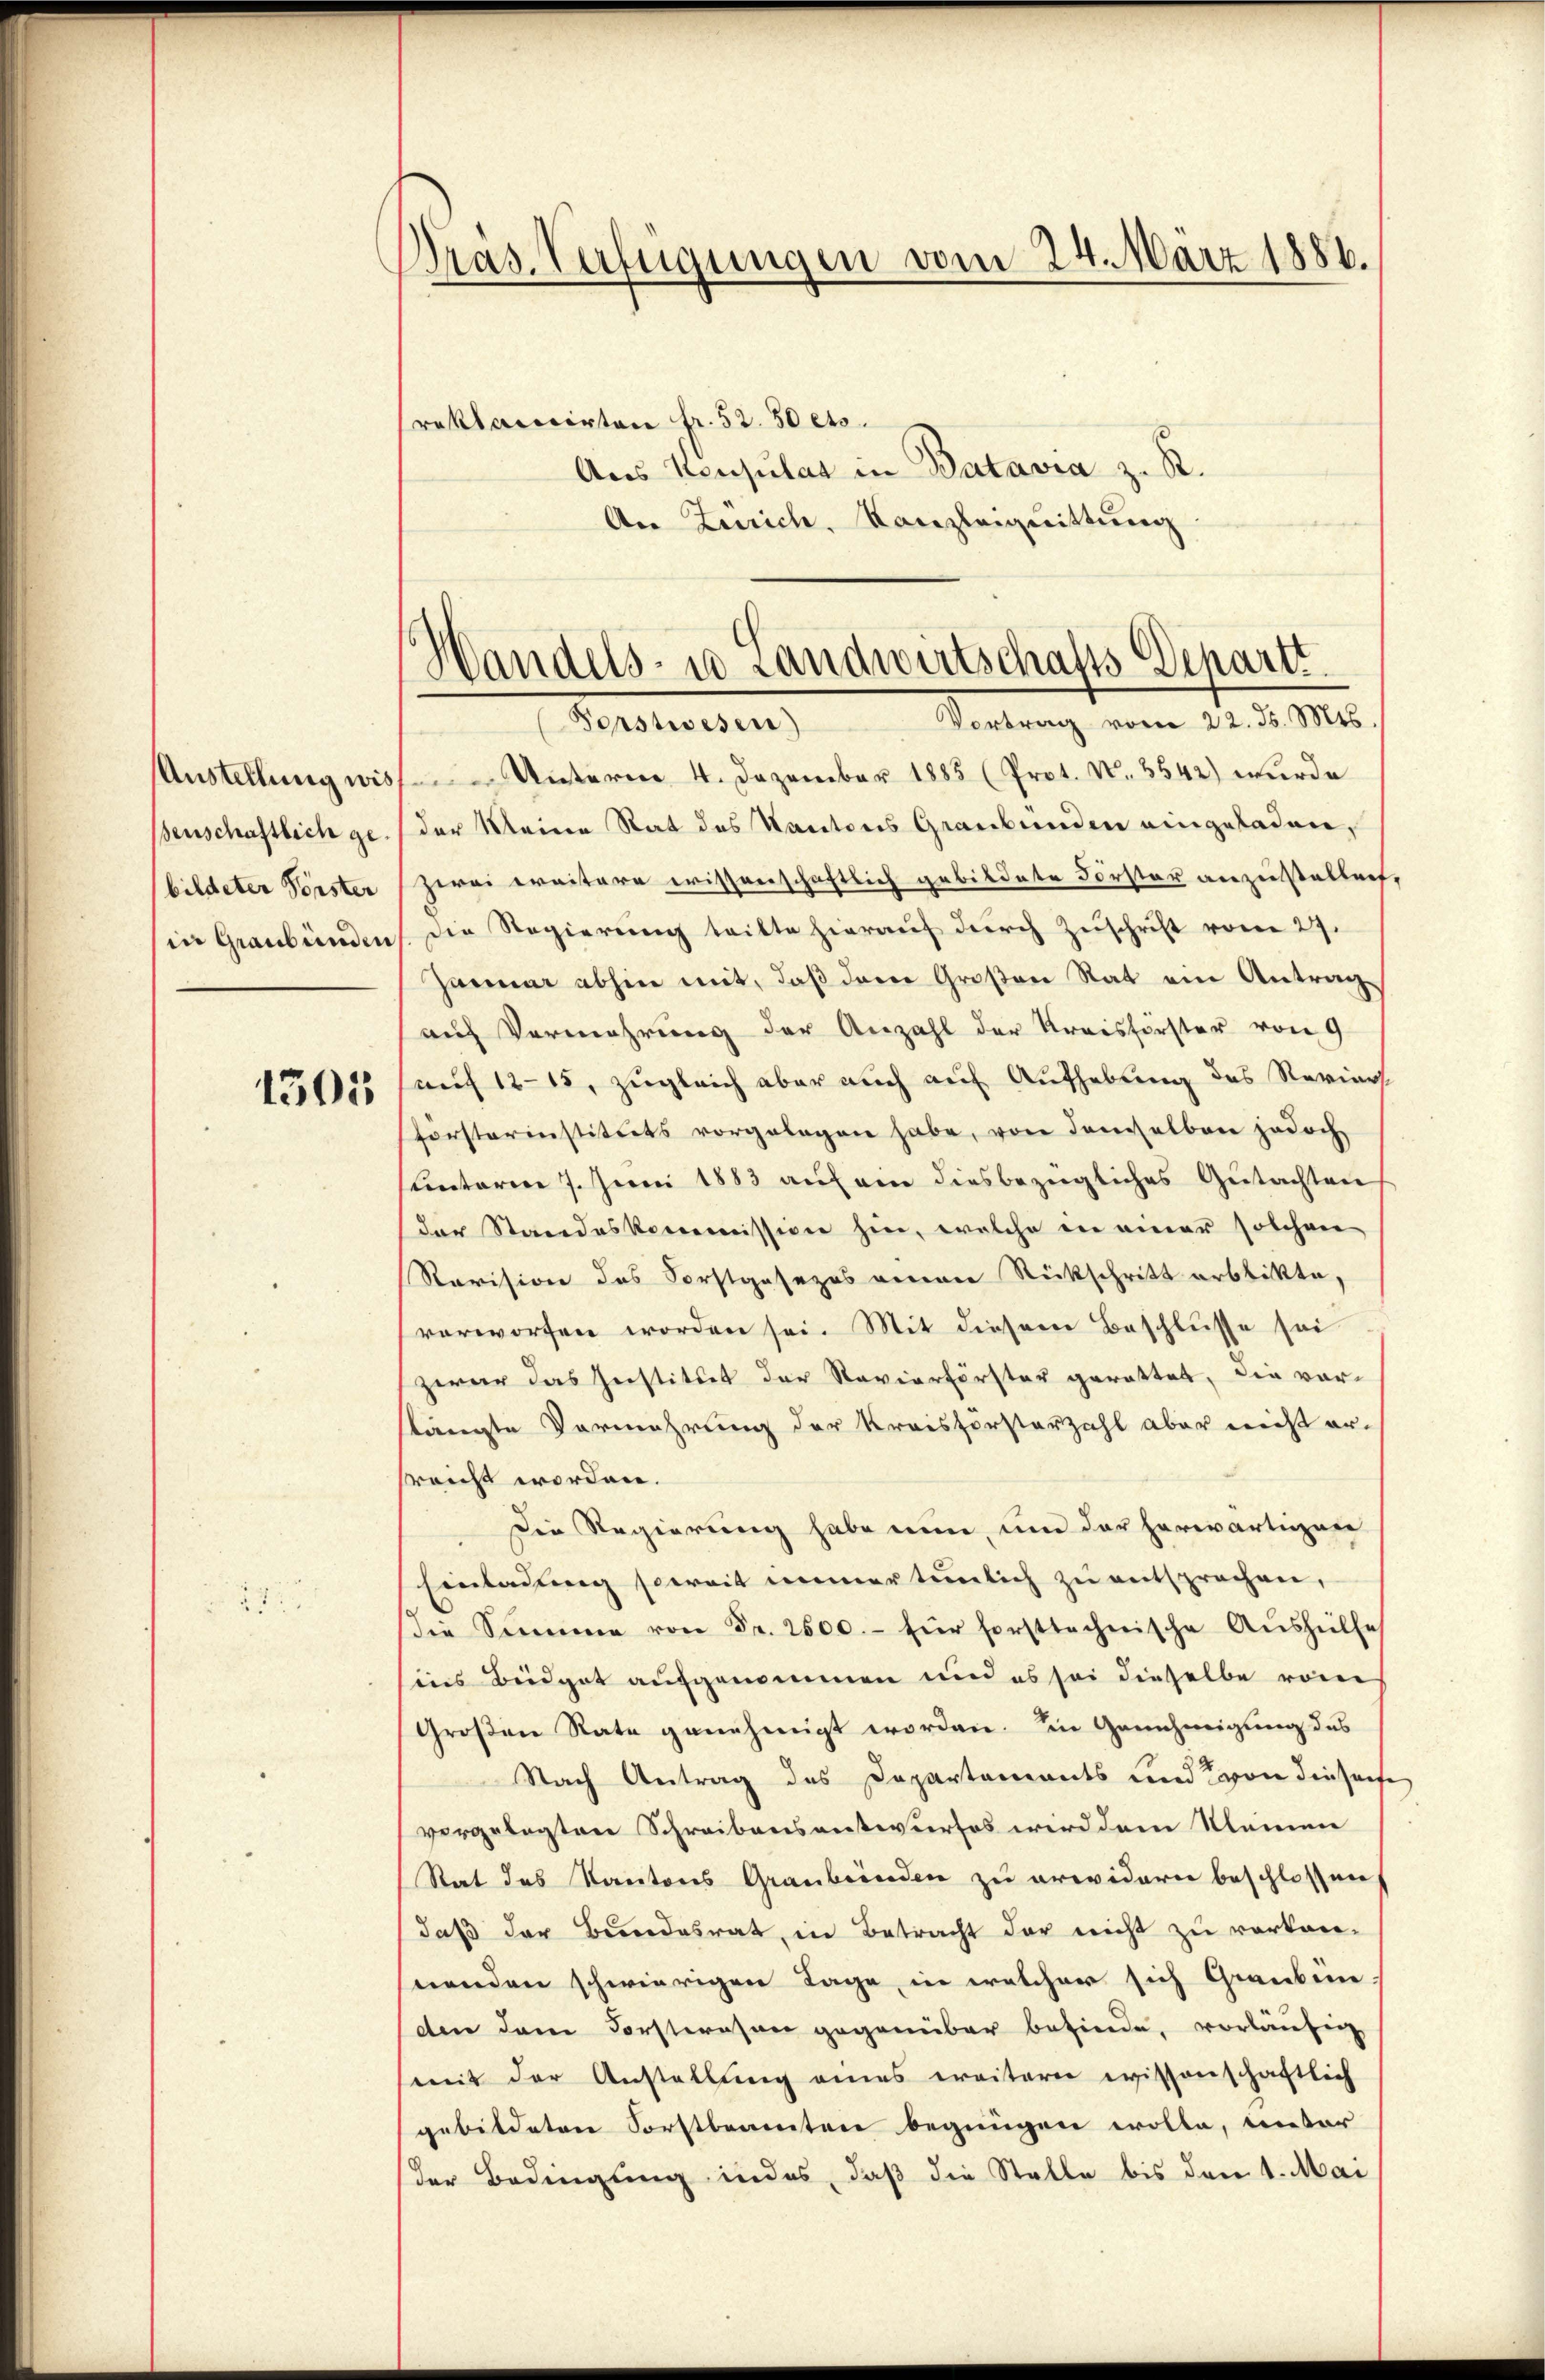
Austellung wis
enschaftlich ge
bildeter Forster
in Graubünden

1305

Pras. Verfügungen vom 24. März 1886.
reklaricirten fr. 52. 50 cts.
Aus Konsulat in Batavia z. R.

An Zürich. Kanzleiquittung

Handels- u Landwirtschafts Departi
Vortrag vom 22. d. Mts.

Forstwesen)
Unterm 4. Dezember 1885 (Prot. N. 3542) wurde
der Meine Rat des Kantons Graubünden eingeladen,
zwei ereitere wissenschaftlich gebildete Forster anzustellen,
Die Regierŭng teilte hieraŭf dŭrch Zŭschrift vom 27.
Januar abhin mit, daß dem Großen Rat ein Antrag
auf Vermehrung der Anzahl der Kreisförster von 9
auf 12–15, zugleich aber auch auf Aufhebung des Reviert
forsterinstituts vorgelegen habe, von denselben jedoch
sunterin 7. Juni 1883 auf ein diesbezügliches Gutachten
der Standeskommission hin, welche in einer solchen
Revision des Forstgesezes annene Rückschritt erblikte,
verworfen worden sei. Mit diesem Beschlusse sei
zwar das Geistitut der Ravierförster gerattet, die vorstängte Vermehrung der Kreisförsterzahl aber nicht er-
reicht worden.
Die Regierung habe nun, um der herwärtigen
Einladung soweit immer tunlich zu entsprechen,
die Summe von Fr. 2500.- für forsttechnische Aŭshülfe
sins Beidgat aufgenommen und es sei dieselbe von
Großen State genehmigt worden. In Genehmigung des
Nach Antrag des Departements und von diesens
vorgelegten Schreibensentwurfes wird dem Kleinen
Rat des Kantons Graubünden zu erwidern beschlossen
daß der Bundesrat, in Betracht der nicht zu verkon-
swenden schwierigen Tage, in welcher sich Grauben
den dene Forstwesen gegenüber befinde, vorläufig
mit der Anstellung eines ereitere wissenschaftlich
gebildeten Sorstbeamten begnügen wolle, unter
der Bedingung indes, daß die Stelle bis den 1. Mai